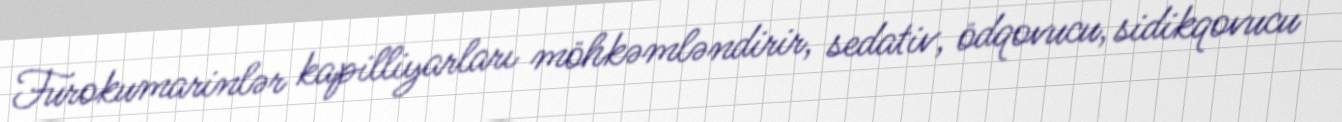
Furokumarinlər kapilliyarları möhkəmləndirir, sedativ, ödqovucu, sidikqovucu